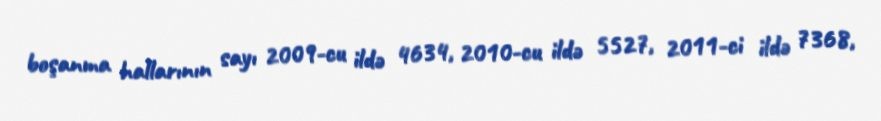
boşanma hallarının sayı 2009-cu ildə 4634, 2010-cu ildə 5527, 2011-ci ildə 7368,